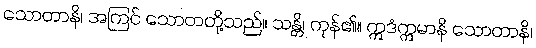
သောတာနိ၊ အကြင် သောတတို့သည်။ သန္တိ၊ ကုန်၏။ ဣဒံဣမာနိ သောတာနိ၊